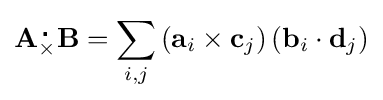
\mathbf {A} {}_{\times }^{\,\centerdot }\mathbf {B} =\sum _{i,j}\left(\mathbf {a} _{i}\times \mathbf {c} _{j}\right)\left(\mathbf {b} _{i}\cdot \mathbf {d} _{j}\right)